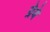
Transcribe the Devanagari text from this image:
ग्रेबे